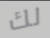
لك